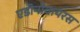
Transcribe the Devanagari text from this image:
एडीनोवायरस